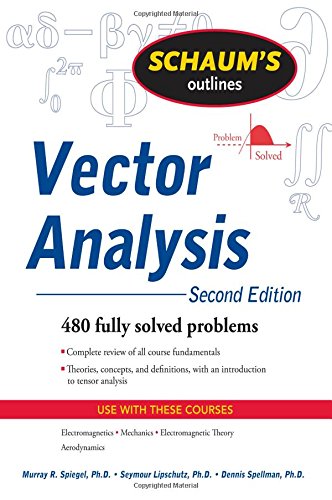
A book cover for Vector Analysis, 2nd Edition; Murray Spiegel; Science & Math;